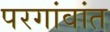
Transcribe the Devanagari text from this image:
परगांवांत